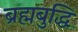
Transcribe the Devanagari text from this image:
ब्रह्मबुद्धि